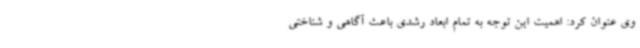
وی عنوان کرد: اهمیت این توجه به تمام ابعاد رشدی باعث آگاهی و شناختی